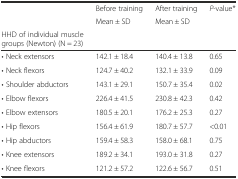
<table><thead><tr><td></td><td><b>Before training</b></td><td><b>After training</b></td><td><b><i>P</i>-value*</b></td></tr><tr><td></td><td><b>Mean ± SD</b></td><td><b>Mean ± SD</b></td><td></td></tr><tr><td><b>HHD of individual muscle groups (Newton) (N = 23)</b></td><td></td><td></td><td></td></tr></thead><tbody><tr><td>• Neck extensors</td><td>142.1 ± 18.4</td><td>140.4 ± 13.8</td><td>0.65</td></tr><tr><td>• Neck flexors</td><td>124.7 ± 40.2</td><td>132.1 ± 33.9</td><td>0.09</td></tr><tr><td>• Shoulder abductors</td><td>143.1 ± 29.1</td><td>150.7 ± 35.4</td><td>0.02</td></tr><tr><td>• Elbow flexors</td><td>226.4 ± 41.5</td><td>230.8 ± 42.3</td><td>0.42</td></tr><tr><td>• Elbow extensors</td><td>180.5 ± 20.1</td><td>176.2 ± 25.3</td><td>0.27</td></tr><tr><td>• Hip flexors</td><td>156.4 ± 61.9</td><td>180.7 ± 57.7</td><td>&lt;0.01</td></tr><tr><td>• Hip abductors</td><td>159.4 ± 58.3</td><td>158.0 ± 68.1</td><td>0.75</td></tr><tr><td>• Knee extensors</td><td>189.2 ± 34.1</td><td>193.0 ± 31.8</td><td>0.27</td></tr><tr><td>• Knee flexors</td><td>121.2 ± 57.2</td><td>122.6 ± 56.7</td><td>0.51</td></tr></tbody></table>